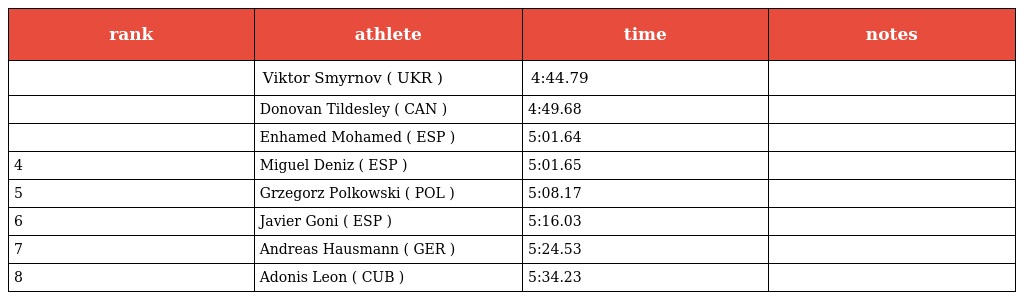
| rank | athlete | time | notes |
 | --- | --- | --- | --- |
 |  | Viktor Smyrnov ( UKR ) | 4:44.79 |  |
 |  | Donovan Tildesley ( CAN ) | 4:49.68 |  |
 |  | Enhamed Mohamed ( ESP ) | 5:01.64 |  |
 | 4 | Miguel Deniz ( ESP ) | 5:01.65 |  |
 | 5 | Grzegorz Polkowski ( POL ) | 5:08.17 |  |
 | 6 | Javier Goni ( ESP ) | 5:16.03 |  |
 | 7 | Andreas Hausmann ( GER ) | 5:24.53 |  |
 | 8 | Adonis Leon ( CUB ) | 5:34.23 |  |